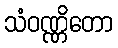
သံဝဏ္ဏိတော